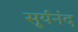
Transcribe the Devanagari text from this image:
सूर्यनंद